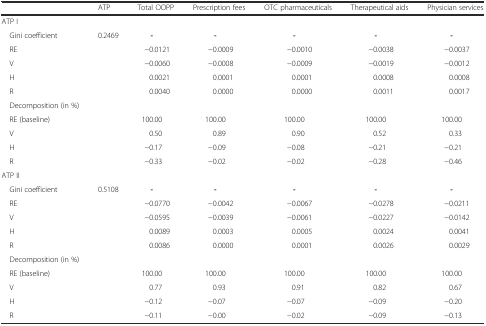
<table><thead><tr><td></td><td><b>ATP</b></td><td><b>Total OOPP</b></td><td><b>Prescription fees</b></td><td><b>OTC pharmaceuticals</b></td><td><b>Therapeutical aids</b></td><td><b>Physician services</b></td></tr></thead><tbody><tr><td>ATP I</td><td></td><td></td><td></td><td></td><td></td><td></td></tr><tr><td> Gini coefficient</td><td>0.2469</td><td><b>-</b></td><td><b>-</b></td><td><b>-</b></td><td><b>-</b></td><td><b>-</b></td></tr><tr><td> RE</td><td></td><td>−0.0121</td><td>−0.0009</td><td>−0.0010</td><td>−0.0038</td><td>−0.0037</td></tr><tr><td> V</td><td></td><td>−0.0060</td><td>−0.0008</td><td>−0.0009</td><td>−0.0019</td><td>−0.0012</td></tr><tr><td> H</td><td></td><td>0.0021</td><td>0.0001</td><td>0.0001</td><td>0.0008</td><td>0.0008</td></tr><tr><td> R</td><td></td><td>0.0040</td><td>0.0000</td><td>0.0000</td><td>0.0011</td><td>0.0017</td></tr><tr><td> Decomposition (in %)</td><td></td><td></td><td></td><td></td><td></td><td></td></tr><tr><td> RE (baseline)</td><td></td><td>100.00</td><td>100.00</td><td>100.00</td><td>100.00</td><td>100.00</td></tr><tr><td> V</td><td></td><td>0.50</td><td>0.89</td><td>0.90</td><td>0.52</td><td>0.33</td></tr><tr><td> H</td><td></td><td>−0.17</td><td>−0.09</td><td>−0.08</td><td>−0.21</td><td>−0.21</td></tr><tr><td> R</td><td></td><td>−0.33</td><td>−0.02</td><td>−0.02</td><td>−0.28</td><td>−0.46</td></tr><tr><td>ATP II</td><td></td><td></td><td></td><td></td><td></td><td></td></tr><tr><td> Gini coefficient</td><td>0.5108</td><td><b>-</b></td><td><b>-</b></td><td><b>-</b></td><td><b>-</b></td><td><b>-</b></td></tr><tr><td> RE</td><td></td><td>−0.0770</td><td>−0.0042</td><td>−0.0067</td><td>−0.0278</td><td>−0.0211</td></tr><tr><td> V</td><td></td><td>−0.0595</td><td>−0.0039</td><td>−0.0061</td><td>−0.0227</td><td>−0.0142</td></tr><tr><td> H</td><td></td><td>0.0089</td><td>0.0003</td><td>0.0005</td><td>0.0024</td><td>0.0041</td></tr><tr><td> R</td><td></td><td>0.0086</td><td>0.0000</td><td>0.0001</td><td>0.0026</td><td>0.0029</td></tr><tr><td> Decomposition (in %)</td><td></td><td></td><td></td><td></td><td></td><td></td></tr><tr><td> RE (baseline)</td><td></td><td>100.00</td><td>100.00</td><td>100.00</td><td>100.00</td><td>100.00</td></tr><tr><td> V</td><td></td><td>0.77</td><td>0.93</td><td>0.91</td><td>0.82</td><td>0.67</td></tr><tr><td> H</td><td></td><td>−0.12</td><td>−0.07</td><td>−0.07</td><td>−0.09</td><td>−0.20</td></tr><tr><td> R</td><td></td><td>−0.11</td><td>−0.00</td><td>−0.02</td><td>−0.09</td><td>−0.13</td></tr></tbody></table>